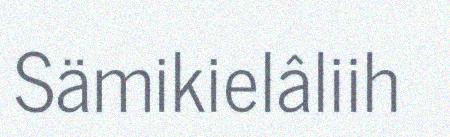
Sämikielâliih